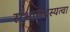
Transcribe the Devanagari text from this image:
सभासदस्यत्वा